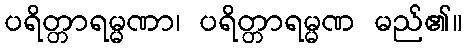
ပရိတ္တာရမ္မဏာ၊ ပရိတ္တာရမ္မဏ မည်၏။